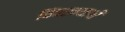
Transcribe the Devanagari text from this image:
विंचरण्याची